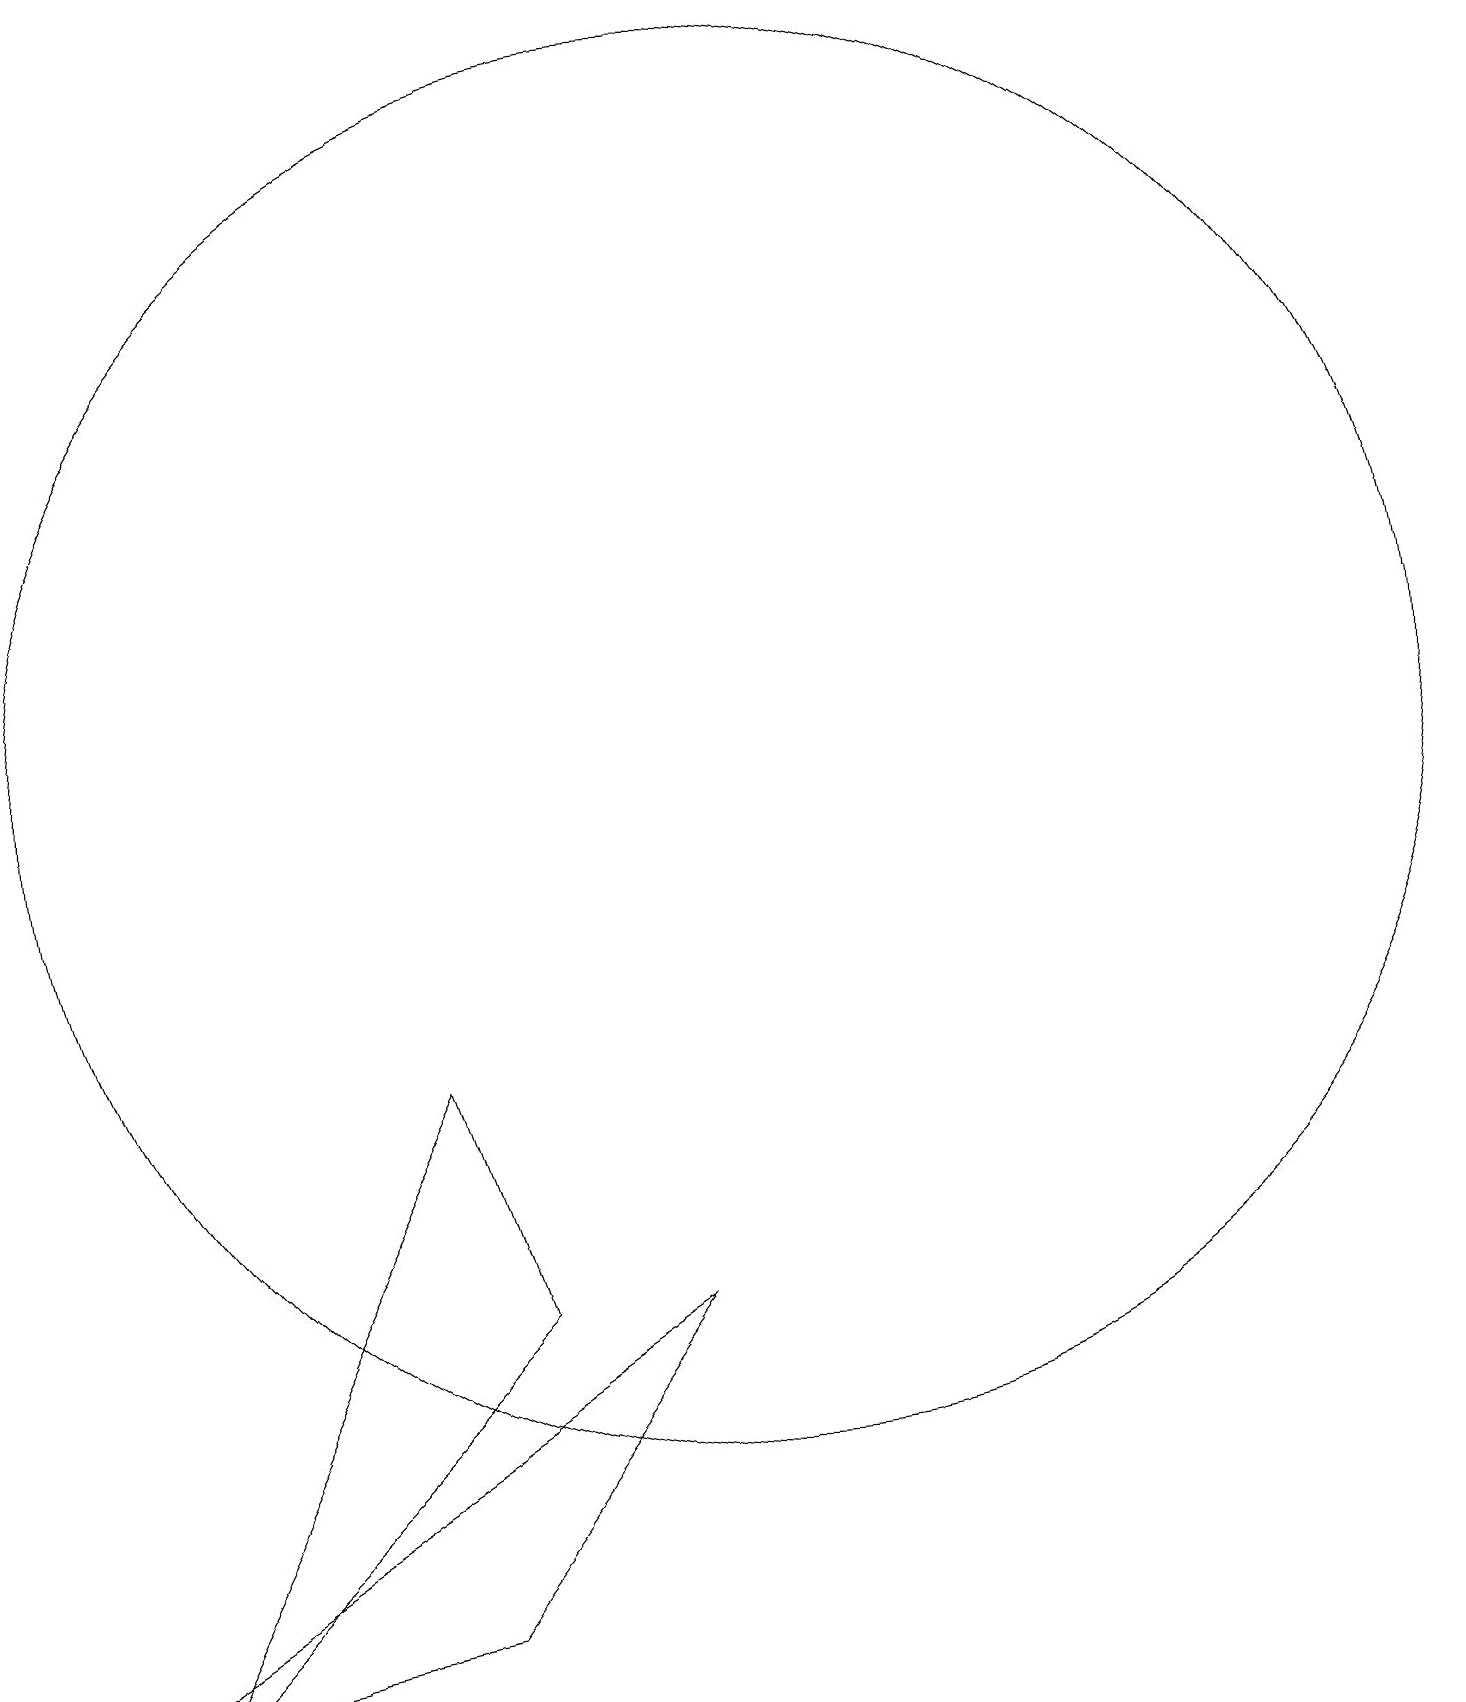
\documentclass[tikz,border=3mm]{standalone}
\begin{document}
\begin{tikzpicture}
\draw (2,0) -- (7,5) -- (6,8) -- cycle;
\draw (9,5) -- (6,1) -- (1,0) -- cycle;
\draw (10,12) circle (9);
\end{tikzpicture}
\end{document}